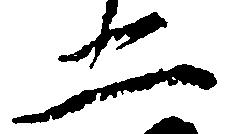
二